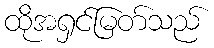
ထိုအရှင်မြတ်သည်